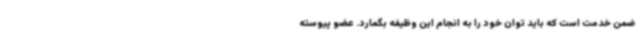
ضمن خدمت است که باید توان خود را به انجام این وظیفه بگمارد. عضو پیوسته